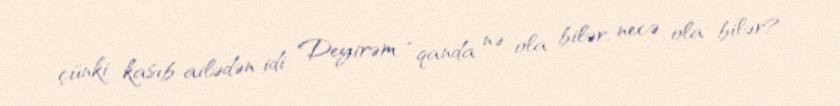
çünki kasıb ailədən idi. Deyirəm “qanda nə ola bilər, necə ola bilər?.